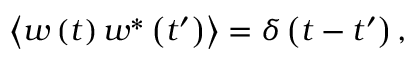
\left\langle w \left( t \right) w ^ { * } \left( t ^ { \prime } \right) \right\rangle = \delta \left( t - t ^ { \prime } \right) ,